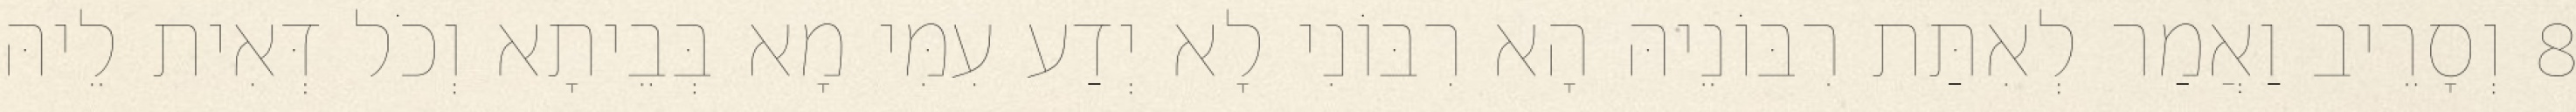
8 וְסָרֵיב וַאֲמַר לְאִתַּת רִבּוֹנֵיהּ הָא רִבּוֹנִי לָא יְדַע עִמִּי מָא בְּבֵיתָא וְכֹל דְּאִית לֵיהּ